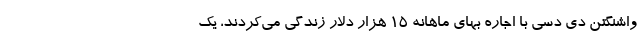
واشنگتن دی دسی با اجاره بهای ماهانه ۱۵ هزار دلار زندگی می‌کردند، یک